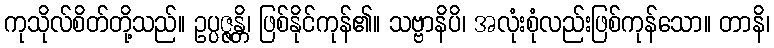
ကုသိုလ်စိတ်တို့သည်။ ဥပ္ပဇ္ဇန္တိ၊ ဖြစ်နိုင်ကုန်၏။ သဗ္ဗာနိပိ၊ အလုံးစုံလည်းဖြစ်ကုန်သော။ တာနိ၊